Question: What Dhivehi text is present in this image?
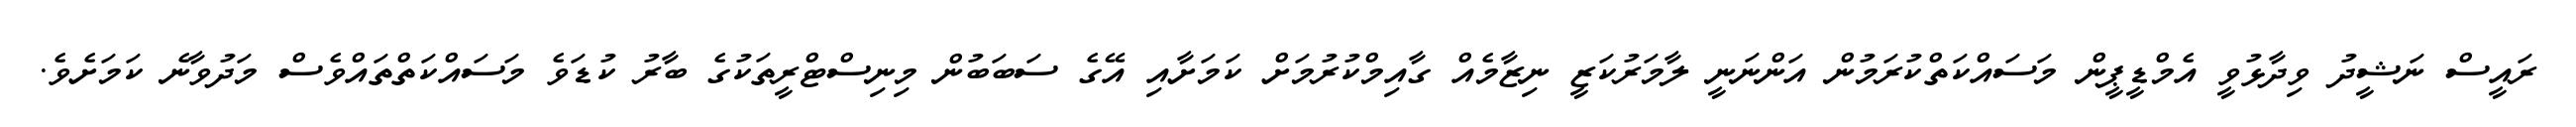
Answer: ރައީސް ނަޝީދު ވިދާޅުވީ އެމްޑީޕީން މަސައްކަތްކުރަމުން އަންނަނީ ލާމަރުކަޒީ ނިޒާމެއް ގާއިމްކުރުމަށް ކަމަށާއި އޭގެ ސަބަބުން މިނިސްޓްރީތަކުގެ ބާރު ކުޑަވެ މަސައްކަތްތައްވެސް މަދުވާނެ ކަމަށެވެ.